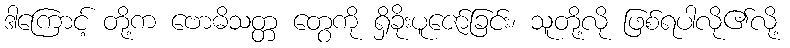
ဒါကြောင့် တို့က ဗောဓိသတ္တ တွေကို ရှိခိုးပူဇော်ခြင်း၊ သူတို့လို ဖြစ်ရပါလို၏လို့